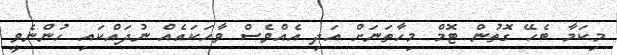
މިކަމާ ބެހޭ ގޮތުން ޓޮމް މިހާތަނަށް އަދި އެއްވެސް ވާހަކައެއް ނުދައްކައި ހުންނެވީ